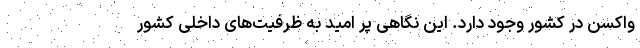
واکسن در کشور وجود دارد. این نگاهی پر امید به ظرفیت‌های داخلی کشور